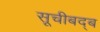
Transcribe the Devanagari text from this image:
सूचीबद्ब